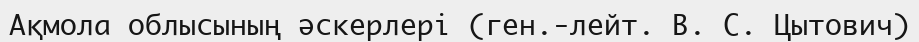
Ақмола облысының әскерлері (ген.-лейт. В. С. Цытович)